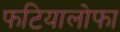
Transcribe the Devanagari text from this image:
फटियालोफा